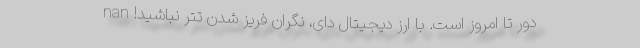
دور تا امروز است. با ارز دیجیتال دای، نگران فریز شدن تتر نباشید! nan